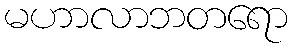
မဟာလာဘတရော